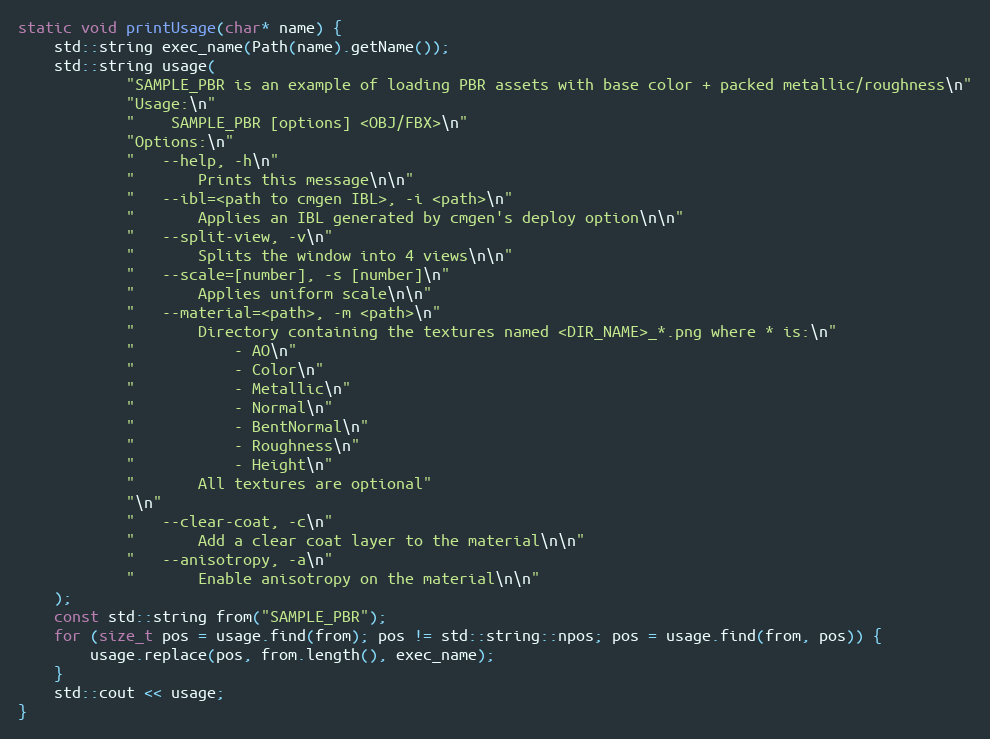
Language: C++
static void printUsage(char* name) {
    std::string exec_name(Path(name).getName());
    std::string usage(
            "SAMPLE_PBR is an example of loading PBR assets with base color + packed metallic/roughness\n"
            "Usage:\n"
            "    SAMPLE_PBR [options] <OBJ/FBX>\n"
            "Options:\n"
            "   --help, -h\n"
            "       Prints this message\n\n"
            "   --ibl=<path to cmgen IBL>, -i <path>\n"
            "       Applies an IBL generated by cmgen's deploy option\n\n"
            "   --split-view, -v\n"
            "       Splits the window into 4 views\n\n"
            "   --scale=[number], -s [number]\n"
            "       Applies uniform scale\n\n"
            "   --material=<path>, -m <path>\n"
            "       Directory containing the textures named <DIR_NAME>_*.png where * is:\n"
            "           - AO\n"
            "           - Color\n"
            "           - Metallic\n"
            "           - Normal\n"
            "           - BentNormal\n"
            "           - Roughness\n"
            "           - Height\n"
            "       All textures are optional"
            "\n"
            "   --clear-coat, -c\n"
            "       Add a clear coat layer to the material\n\n"
            "   --anisotropy, -a\n"
            "       Enable anisotropy on the material\n\n"
    );
    const std::string from("SAMPLE_PBR");
    for (size_t pos = usage.find(from); pos != std::string::npos; pos = usage.find(from, pos)) {
        usage.replace(pos, from.length(), exec_name);
    }
    std::cout << usage;
}